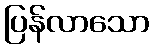
ပြန်လာသော